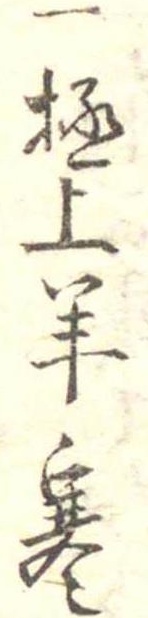
一極上羊寒